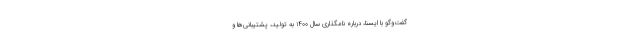
گفت‌وگو با ایسنا، درباره نامگذاری سال ۱۴۰۰ به تولید، پشتیبانی‌ها و